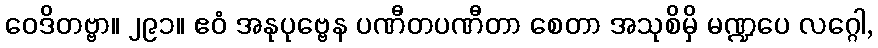
ဝေဒိတဗ္ဗာ။ ၂၉၁။ ဧဝံ အနုပုဗ္ဗေန ပဏီတပဏီတာ စေတာ အသုစိမှိ မဏ္ဍပေ လဂ္ဂေါ,